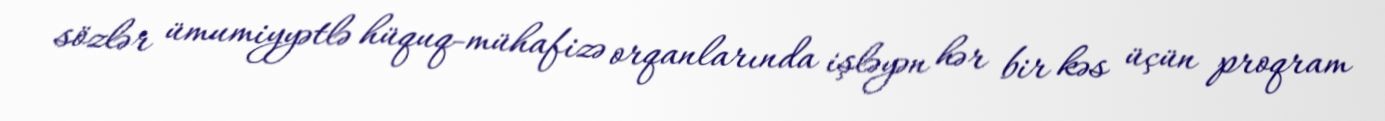
sözlər ümumiyyətlə hüquq-mühafizə orqanlarında işləyən hər bir kəs üçün proqram